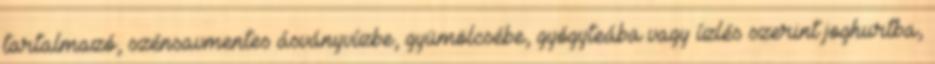
tartalmazó, szénsavmentes ásványvízbe, gyümölcsébe, gyógyteába vagy ízlés szerint joghurtba,